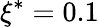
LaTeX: \xi^{*}=0.1